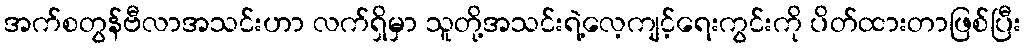
အက်စတွန်ဗီလာအသင်းဟာ လက်ရှိမှာ သူတို့အသင်းရဲ့လေ့ကျင့်ရေးကွင်းကို ပိတ်ထားတာဖြစ်ပြီး